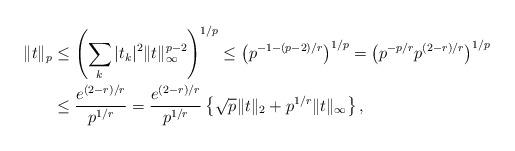
LaTeX: \begin{align*}\|t\|_p &\le \left( \sum_k |t_k|^2 \|t\|_{\infty}^{p-2} \right)^{1/p} \le \left( p^{-1 - (p-2)/r} \right)^{1/p} = \left( p^{-p/r} p^{(2-r)/r} \right)^{1/p} \\& \le \frac{e^{(2-r)/r} }{p^{1/r}} = \frac{e^{(2-r)/r}}{p^{1/r}} \left\{ \sqrt{p} \|t\|_2 + p^{1/r}\|t\|_\infty \right\},\end{align*}